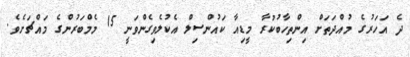
ދެ އަހަރުގެ މުއްދަތަށް އިންތިހާބުކުރާ މީޑިއާ ކައުންސިލް އެކުލެވިގެންވަނީ 15 މެމްބަރުންގެ މައްޗަށެވެ.